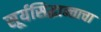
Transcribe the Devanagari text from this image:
सूर्यसिद्धान्ताचा